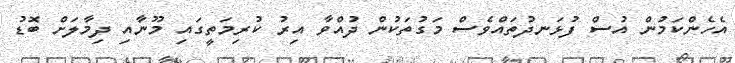
އެހެންކަމުން އުސް ފުޅަނދުތައްވެސް މަގުތަކުން ދުއްވާ އިރު ކުރިމަތީގައި މޫނާއި ދިމާލަށް ބޮޑު